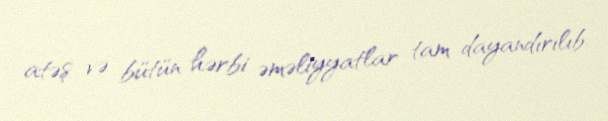
atəş və bütün hərbi əməliyyatlar tam dayandırılıb.